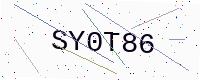
Text: SY0T86